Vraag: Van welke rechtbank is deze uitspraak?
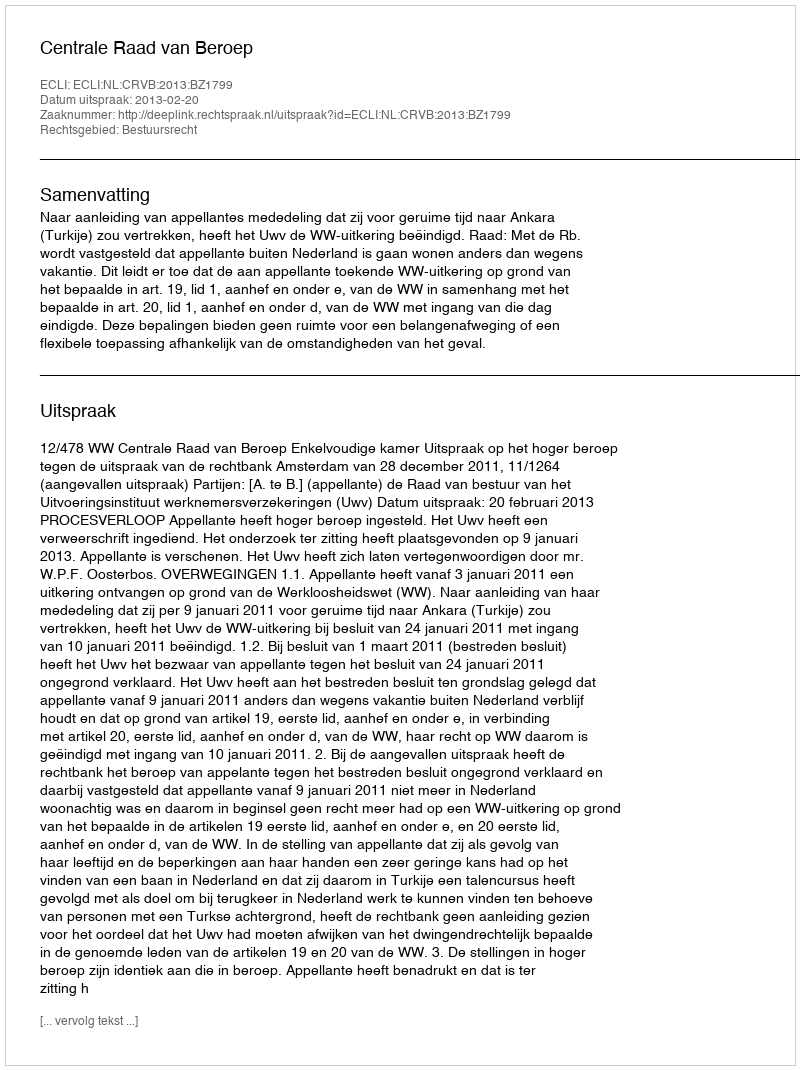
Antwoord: Centrale Raad van Beroep